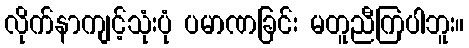
လိုက်နာကျင့်သုံးပုံ ပမာဏခြင်း မတူညီကြပါဘူး။